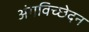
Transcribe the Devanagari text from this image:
अंगविच्छेदन